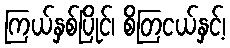
ကြယ်နှစ်ပြိုင်၊ စိတြငယ်နှင့်၊